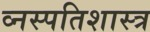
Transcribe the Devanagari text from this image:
व्नस्पतिशास्त्र